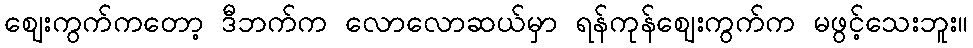
ဈေးကွက်ကတော့ ဒီဘက်က လောလောဆယ်မှာ ရန်ကုန်ဈေးကွက်က မဖွင့်သေးဘူး။